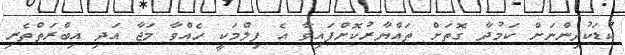
ކުޑަކުދިންނަށް ކަމުދާ ގޮތަށް ތައްޔާރުކޮށްފައިވާ އެ ފިލްމަކީ ހެއްވާ މަޖާ އަދި އިބްރަތްތެރި